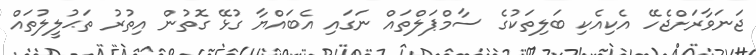
ޖަނަވާރަށްޖެހޭ އެކިއެކި ބަލިތަކުގެ ސާމްޕަލްތައް ނަގައި އެބައްޔާ ގުޅޭ ގޮތުން އިތުރު ތަޙުލީލުތައް